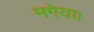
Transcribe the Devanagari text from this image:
मगेया।